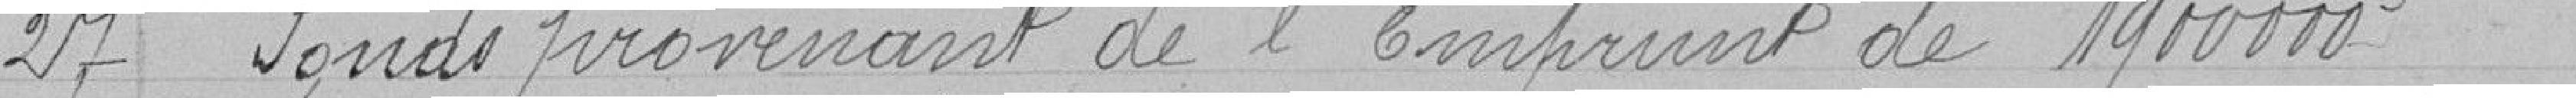
27 - Fonds provenant de l'emprunt de 1 900 000 francs